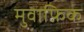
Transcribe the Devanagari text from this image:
मुवाफ़िक